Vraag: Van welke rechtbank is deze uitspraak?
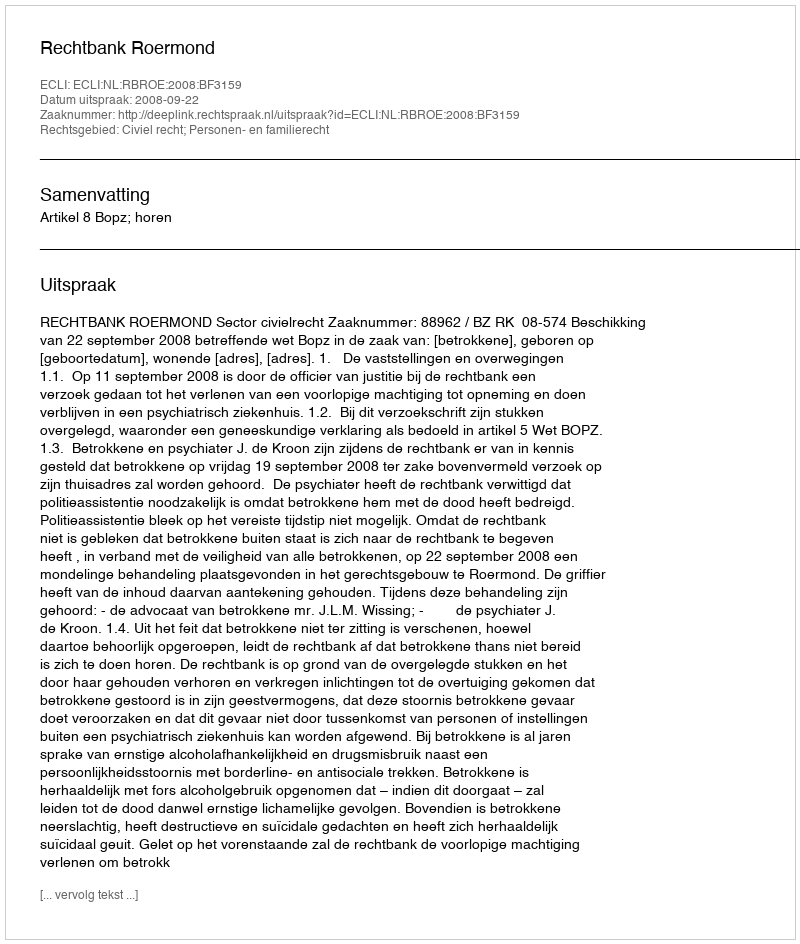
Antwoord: Rechtbank Roermond